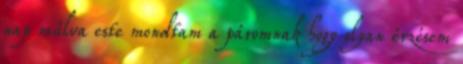
nap múlva este mondtam a páromnak hogy olyan érzésem